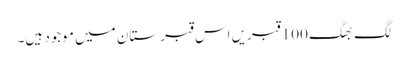
لگ بھگ 100 قبریں اس قبرستان میں موجود ہیں۔